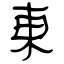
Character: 東